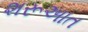
શરૂઅાત